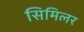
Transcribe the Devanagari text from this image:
सिमिलर